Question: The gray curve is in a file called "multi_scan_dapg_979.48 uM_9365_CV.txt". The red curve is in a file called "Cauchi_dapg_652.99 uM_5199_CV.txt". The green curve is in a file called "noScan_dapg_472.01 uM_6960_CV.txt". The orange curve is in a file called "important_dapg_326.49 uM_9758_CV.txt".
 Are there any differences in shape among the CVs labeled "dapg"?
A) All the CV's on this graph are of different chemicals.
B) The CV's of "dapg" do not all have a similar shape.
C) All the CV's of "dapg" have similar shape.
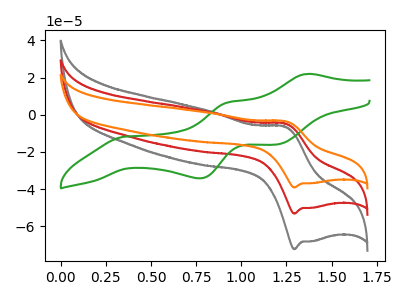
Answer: <think>The gray curve "dapg_979.48 uM" has an anodic peak at (1.25V, -9.50uA) and a cathodic peak at (1.30V, -106.25uA). The red curve "dapg_652.99 uM" has an anodic peak at (1.25V, -4.75uA) and a cathodic peak at (1.30V, -53.15uA). The green curve "dapg_472.01 uM" has anodic peaks at (1.35V, 21.90uA) (0.95V, 6.70uA) and cathodic peaks at (0.35V, -11.75uA) (0.75V, -34.15uA) (1.20V, -16.00uA). The orange curve "dapg_326.49 uM" has an anodic peak at (1.25V, -3.50uA) and a cathodic peak at (1.30V, -39.10uA).
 All the peaks in "dapg_979.48 uM" have a peak in "dapg_652.99 uM" at the same potential. "dapg_979.48 uM" and "dapg_472.01 uM" have a different number of peaks. All the peaks in "dapg_979.48 uM" have a peak in "dapg_326.49 uM" at the same potential. "dapg_652.99 uM" and "dapg_472.01 uM" have a different number of peaks. All the peaks in "dapg_652.99 uM" have a peak in "dapg_326.49 uM" at the same potential. "dapg_472.01 uM" and "dapg_326.49 uM" have a different number of peaks.</think>
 <answer>C) All the CV's of "dapg" have similar shape.</answer>
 <eval>C</eval>